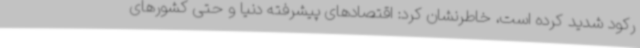
رکود شدید کرده است، خاطرنشان کرد: اقتصادهای پیشرفته دنیا و حتی کشورهای